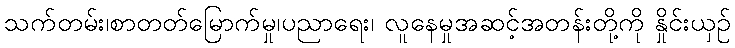
သက်တမ်း၊စာတတ်မြောက်မှု၊ပညာရေး၊ လူနေမှုအဆင့်အတန်းတို့ကို နှိုင်းယှဉ်